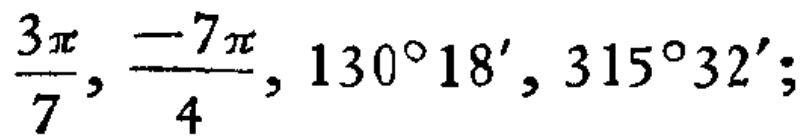
$\frac{3\pi}{7}, \frac{-7\pi}{4}, 130^{\circ}18', 315^{\circ}32';$